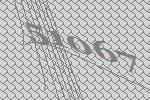
51067